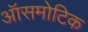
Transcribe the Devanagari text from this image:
ऑसमोटिक